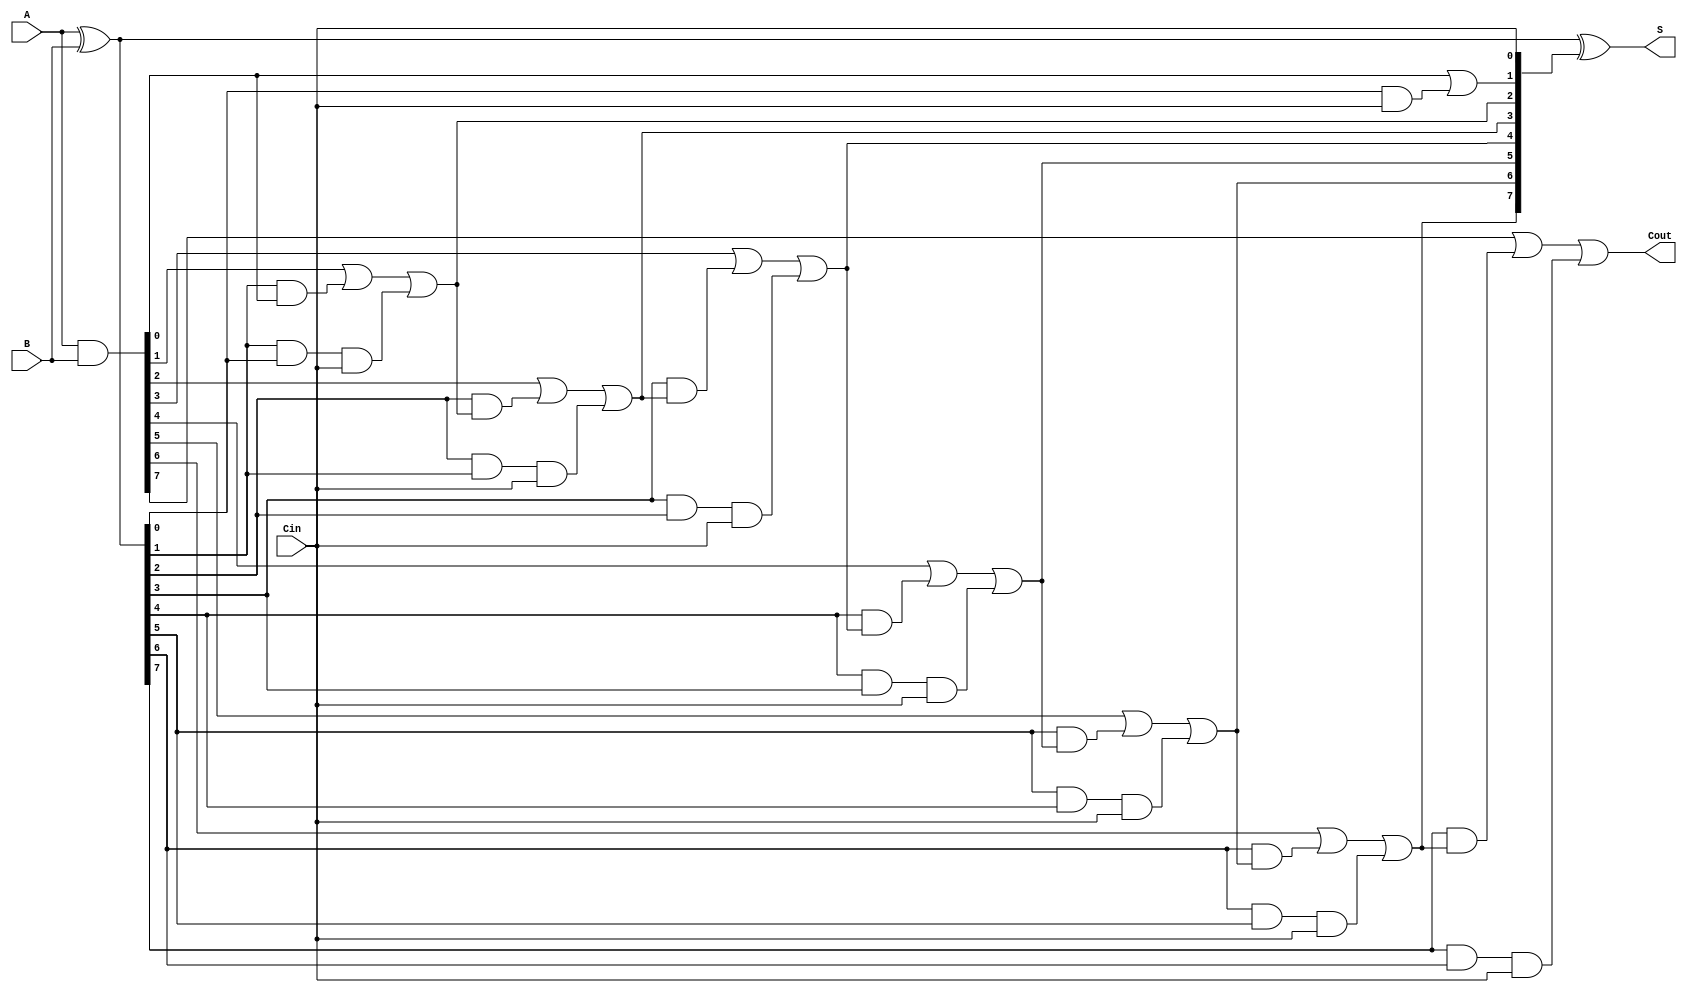
module Sklansky_Adder #(parameter n = 8) (
    input  [n-1:0] A,    // First operand
    input  [n-1:0] B,    // Second operand
    input          Cin,   // Carry input
    output [n-1:0] S,     // Sum output
    output         Cout    // Carry output
);

    // Generate and Propagate signals
    wire [n-1:0] G; // Generate
    wire [n-1:0] P; // Propagate
    wire [n:0] C;   // Carry

    // Generate and Propagate computation
    assign G = A & B;          // G[i] = A[i] & B[i]
    assign P = A ^ B;          // P[i] = A[i] ^ B[i]

    // Carry computation using Sklansky adder logic
    assign C[0] = Cin; // Carry input
    genvar i;
    generate
        // Stage 1: Pairwise carry computation
        for (i = 0; i < n; i = i + 1) begin: carry_generation
            if (i == 0) begin
                assign C[i + 1] = G[i] | (P[i] & C[i]); // C[1] = G[0] + (P[0] & Cin)
            end else if (i == 1) begin
                assign C[i + 1] = G[i] | (P[i] & G[0]) | (P[i] & P[0] & C[0]); // C[2]
            end else begin
                assign C[i + 1] = G[i] | (P[i] & C[i]) | (P[i] & P[i-1] & C[0]); // General case for higher bits
            end
        end
    endgenerate

    // Final carry-out
    assign Cout = C[n];

    // Sum computation
    assign S = P ^ C[n-1:0]; // S[i] = P[i] ^ C[i]

endmodule